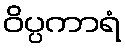
ဝိပ္ပကာရံ